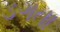
ડગતા